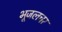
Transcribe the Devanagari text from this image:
भूजलचर